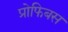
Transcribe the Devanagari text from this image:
प्रोफिबस